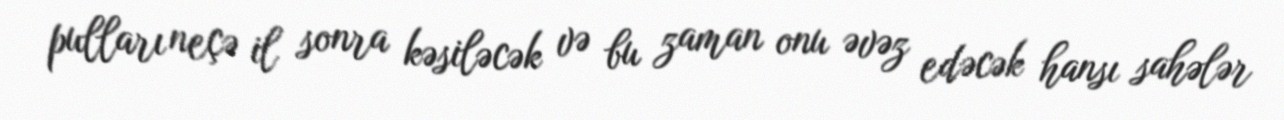
pulları neçə il sonra kəsiləcək və bu zaman onu əvəz edəcək hansı sahələr